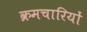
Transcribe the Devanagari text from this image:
क्रमचारियों